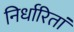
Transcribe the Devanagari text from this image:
निर्धारितां